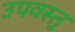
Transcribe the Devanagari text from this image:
उपवस्तु